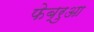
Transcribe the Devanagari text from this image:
फेब्रुआ